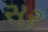
સર